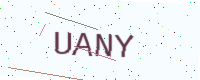
Text: UANY